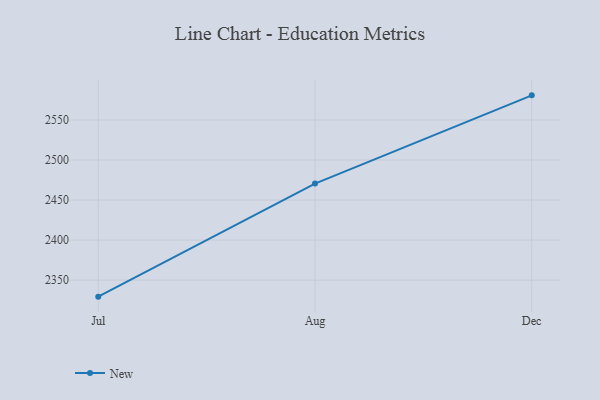
{"axis": {"x": "Month", "y": "Conversion Rate (%)"}, "legend": ["New"], "data": [{"x": "Jul", "y": 2329.4, "type": "New"}, {"x": "Aug", "y": 2470.6, "type": "New"}, {"x": "Dec", "y": 2580.8, "type": "New"}]}